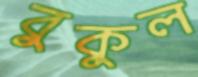
বুকুল